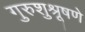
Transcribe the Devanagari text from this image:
गुरुशुश्रूषणे